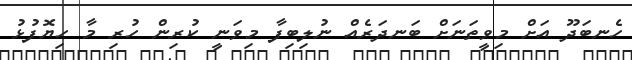
ހެނބަދޫ އަށް މިވީތަނަށް ބަނދަރެއް ނުލިބިފާ މިވަނީ ކުރިން ހުރި މާ ހިޔޮފުޅު